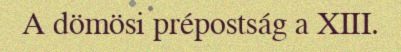
A dömösi prépostság a XIII.